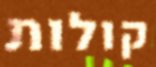
קולות